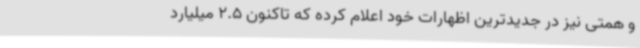
و همتی نیز در جدیدترین اظهارات خود اعلام کرده که تاکنون 2.5 میلیارد